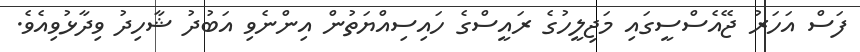
ފަސް އަހަރު ޖޭއެސްސީގައި މަޖިލީހުގެ ރައީސްގެ ހައިސިއްޔަތުން އިންނެވި އަބުދު ޝާހިދު ވިދާޅުވިއެވެ.